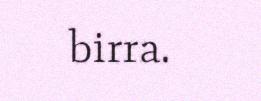
birra.